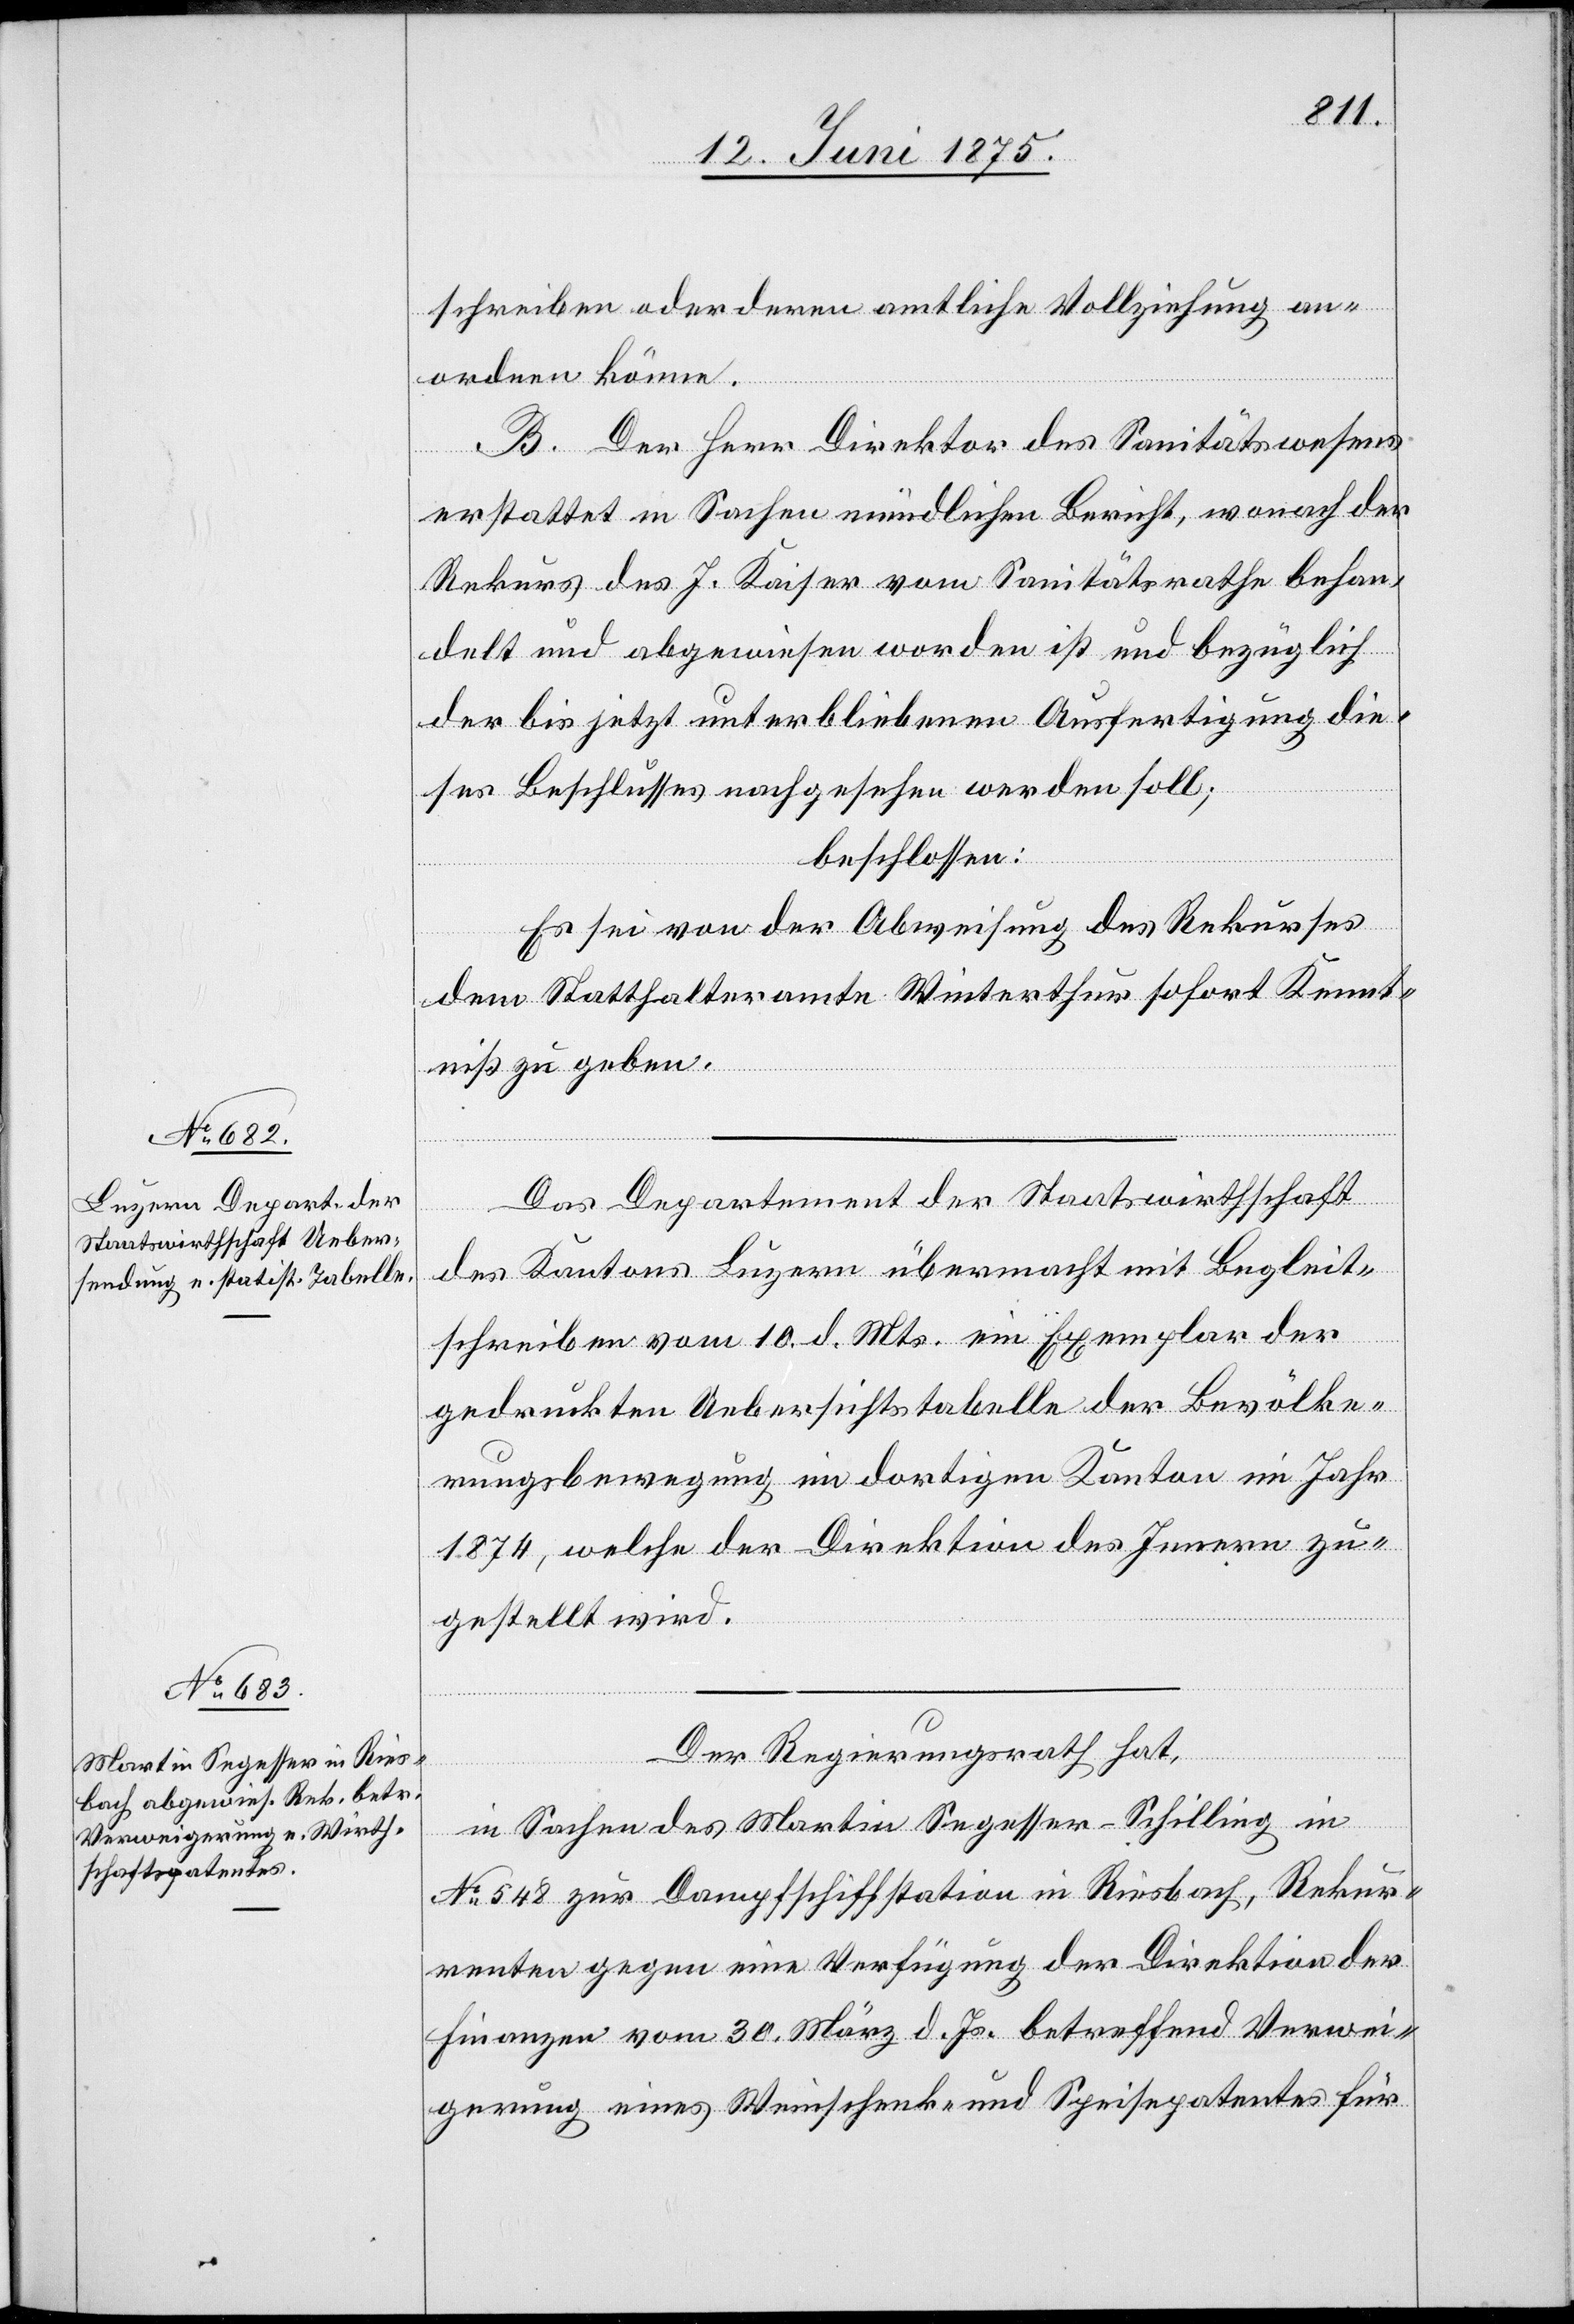
schreiben oder deren amtliche Vollziehung an¬
ordnen könne.
B. Der Herr Direktor des Sanitätswesens
erstattet in Sachen mündlichen Bericht, wonach der
Rekurs des J. Kaiser vom Sanitätsrathe behan¬
delt und abgewiesen worden ist und bezüglich
der bis jetzt unterbliebenen Ausfertigung die¬
ses Beschlusses nachgesehen werden soll;
beschlossen:
Es sei von der Abweisung des Rekurses
dem Statthalteramte Winterthur sofort Kennt¬
niß zu geben.
Das Departement der Staatswirthschaft
des Kantons Luzern übermacht mit Begleit¬
schreiben vom 10. d. Mts. ein Exemplar der
gedruckten Uebersichtstabelle der Bevölke¬
rungsbewegung im dortigen Kanton im Jahr
1874, welche der Direktion des Innern zu¬
gestellt wird.
Der Regierungsrath hat,
in Sachen des Martin Segesser-Schilling in
No 548 zur Dampfschiffstation in Riesbach, Rekur¬
renten gegen eine Verfügung der Direktion der
Finanzen vom 30. März d. Js. betreffend Verwei¬
gerung eines Weinschenk- und Speisepatentes für